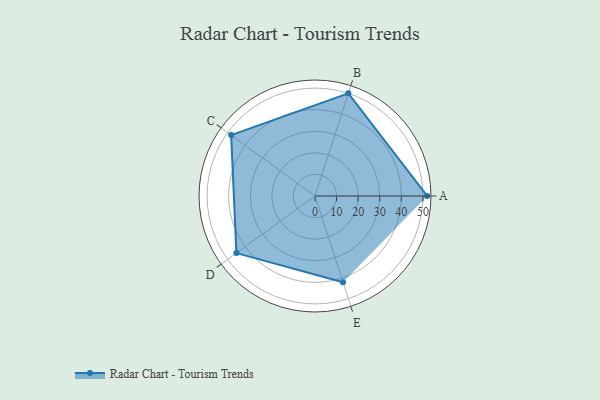
{"axis": {"x": "Skill", "y": "Score"}, "legend": ["Profile"], "data": [{"x": "A", "y": 52.0, "type": "Profile"}, {"x": "B", "y": 50.0, "type": "Profile"}, {"x": "C", "y": 48.0, "type": "Profile"}, {"x": "D", "y": 45.0, "type": "Profile"}, {"x": "E", "y": 42.0, "type": "Profile"}]}